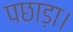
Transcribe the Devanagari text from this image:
पछाड़ा।